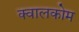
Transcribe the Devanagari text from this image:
क्वालकोम